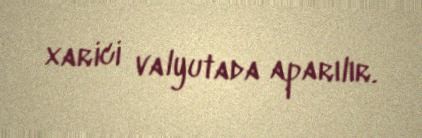
xarici valyutada aparılır.